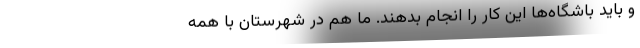
و باید باشگاه‌ها این کار را انجام بدهند. ما هم در شهرستان با همه